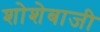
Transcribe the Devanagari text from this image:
शोशेबाजी